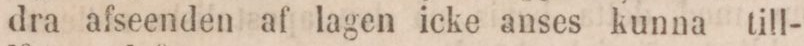
dra afseenden af lagen icke anses kunna till-